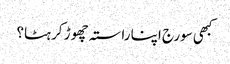
کبھی سورج اپنا راستہ چھوڑ کر ہٹا؟